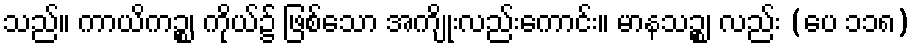
သည်။ ကာယိကဉ္စ၊ ကိုယ်၌ ဖြစ်သော အကျိုးလည်းကောင်း။ မာနသဉ္စ၊ လည်း (ပေ ၁၁၈)